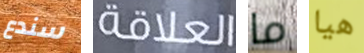
سندع العلاقة ما هيا